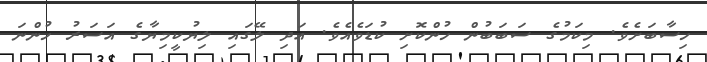
ހިސާބަށެވެ. މިކަމުގެ ސަބަބުން ހުންކޮށި ކުޑަވެއެވެ. އަދި ލޭގައި ލިޔުކީމިޔާގެ އަސަރު ހުންނަ